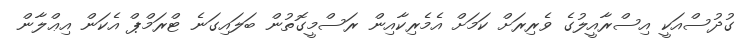
ގުދުސްއަކީ އިސްރާއީލުގެ ވެރިރަށް ކަމަށް އެމެރިކާއިން ރަސްމީގޮތުން ބަލައިގަނެ ޓްރަމްޕް އެކަން އިޢްލާން